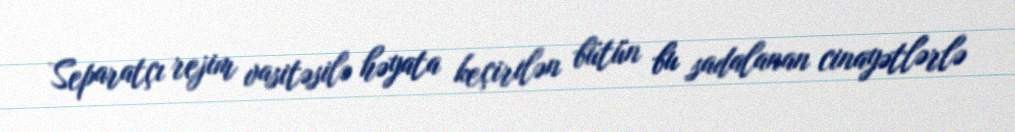
Separatçı rejim vasitəsilə həyata keçirilən bütün bu sadalanan cinayətlərlə